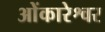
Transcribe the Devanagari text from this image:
ओेंकारेश्वर